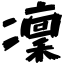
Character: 凜